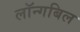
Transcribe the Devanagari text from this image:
लॉन्गबिल